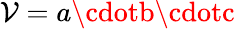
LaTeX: \mathcal{V}=a\cdotb\cdotc